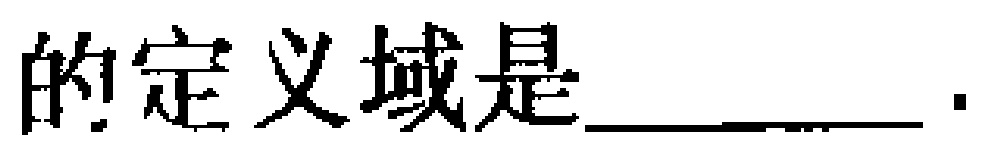
的定义域是______ ．